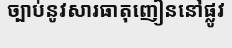
ច្បាប់នូវសារធាតុញៀននៅផ្លូវ